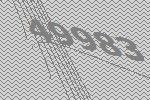
49983